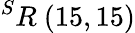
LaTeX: ^{S}R\ (15,15)